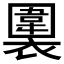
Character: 𧝖